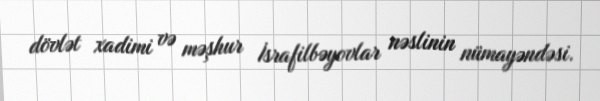
dövlət xadimi və məşhur İsrafilbəyovlar nəslinin nümayəndəsi.